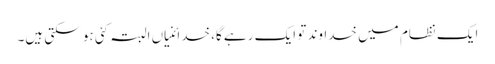
ایک نظام میں خداوند تو ایک رہے گا، خدائنیاں البتہ کئی ہو سکتی ہیں۔